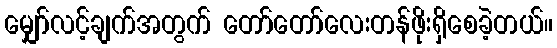
မျှော်လင့်ချက်အတွက် တော်တော်လေးတန်ဖိုးရှိစေခဲ့တယ်။